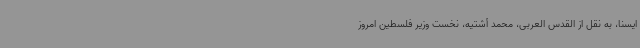
ایسنا، به نقل از القدس العربی، محمد أشتیه، نخست وزیر فلسطین امروز